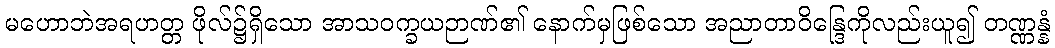
မဟောဘဲအရဟတ္တ ဖိုလ်၌ရှိသော အာသဝက္ခယဉာဏ်၏ နောက်မှဖြစ်သော အညာတာဝိန္ဒြေကိုလည်းယူ၍ တဏ္ဏန္နံ